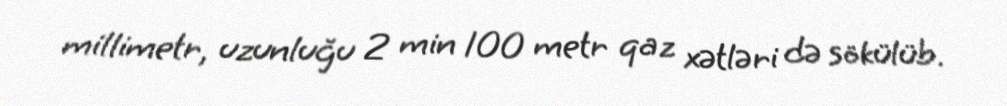
millimetr, uzunluğu 2 min 100 metr qaz xətləri də sökülüb.